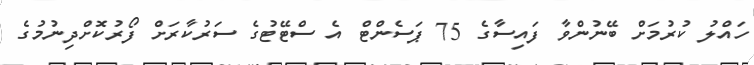
ހައްލު ކުރުމަށް ބޭނުންވާ ފައިސާގެ 75 ޕަސެންޓް އެ ސްޓޭޓުގެ ސަރުކާރަށް ފޯރުކޮށްދިނުމުގެ